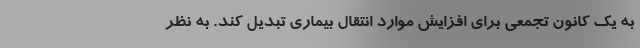
به یک کانون تجمعی برای افزایش موارد انتقال بیماری تبدیل کند. به نظر